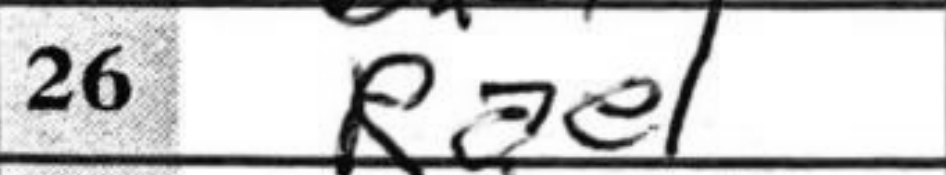
Transcription: Rae1